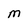
Character: M